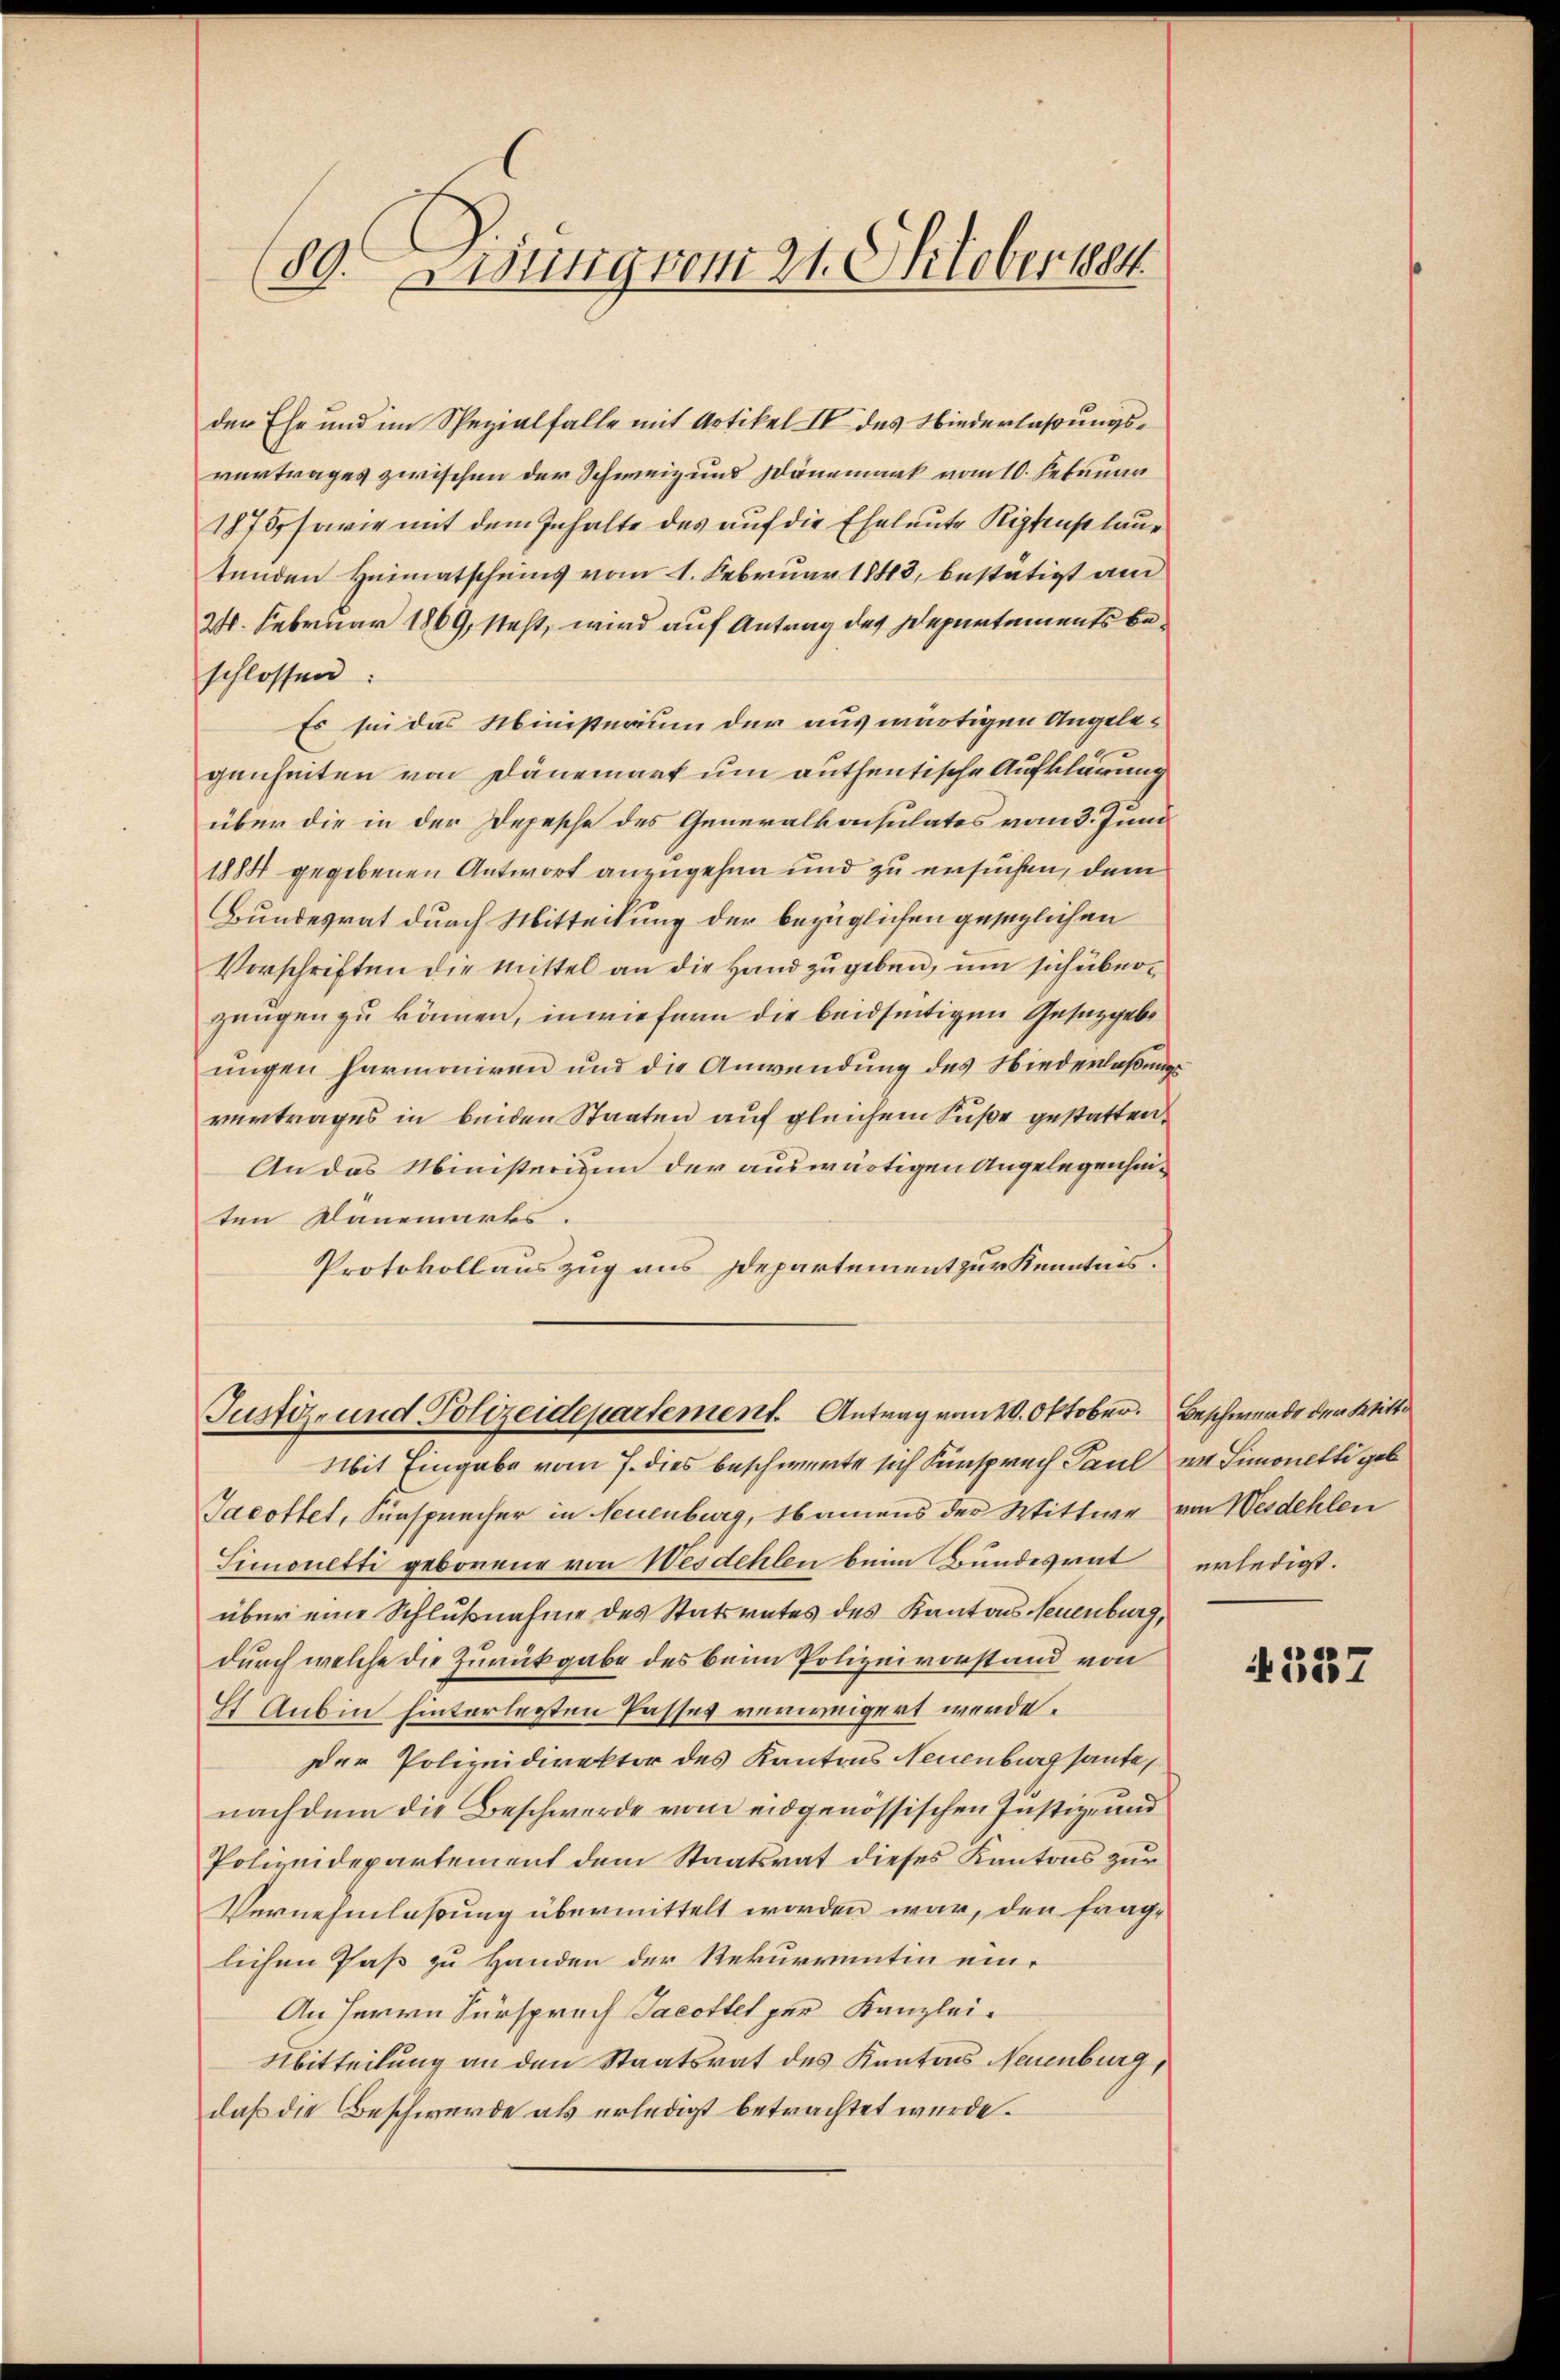
89. Lisung vom 21. Oktober 1884

der Ehe und im Spezialfalle mit Artikel IV des Niederlaßungsvertrages zwischen der Schweiz und Dänemark vom 10. Februar
1875, sowie mit dem Inhalte des auf die Eheleute Ripfenst lautenden Heimatscheins vom 1. Februar 1848, bestätigt am
24. Februar 1869, steht, wird auf Antrag des Departements beschlossen:
Es sei das Ministerium der auswärtigen Angelegenheiten von Dänemark um authentische Aufklärung
über die in der Depesche des Generalkonsulates vom 3. Juni
1888 gegebenen Antwort anzugehen und zu ersuchen, dem
Bundesrat durch Mitteilung der bezüglichen gesezlichen
Vorschriften die Mittel an die Hand zugeben, um sich überzeugen zu kämen, inwiefern die beidseitigen Gesetzgebe
ungen harmoniren und die Anwendung des Niederlaßungsvertrages in beiden Staaten auf gleichem Fuße gestatten,
An das Ministerium der auswärtigen Angelegenheiten Dänemarks.
Protokollauszug aus Departement zur Kenntnis.

Justiz- und Polizeidepartement. Antrag vom 20. Oktober. Beschwerde der Witte

Mit Eingabe vom 7. dies beschwerte sich Fürspruch Paul wo Simonetti gebe
Jacottet, Sünsprecher in Neuenburg, Namens der Wittwe von Werdehlen
Simonetti geborene von Wesdehlen beim Bundesrat
über eine Schlußnahme des Statsrates des Kantons Neuenburg,
durch welche die Zurückgabe des beim Polizeivorstand von
E Aubin hinterlegten Passes verweigert werde.
Der Polizeidirektor des Kantons Neuenburg sante,
nachdem die Beschwerde vom eidgenössischen Justiz- und
Polizeidepartement dem Staatsrat dieses Kantons zur
Vernehmlassung übermittelt worden war, den frage
lichen Paß zu Handen der Rekurrentin eine
An Herrn Fürspruch Jacottet per Kanzlei-
Nbitteilung an den Staatsrat des Kantons Neuenburg,
daß die Beschwerde als erledigt betrachtet wurde.

erledigt.

4537